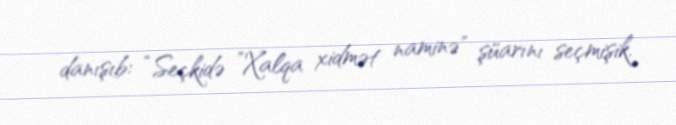
danışıb: “Seçkidə ”Xalqa xidmət naminə" şüarını seçmişik.